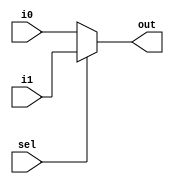
// 32-bit 2-to-1 Multiplexer

module mux2to1(
	input [31:0] i0, i1,
	input sel,
	output [31:0] out
);
    assign out = sel ? i1 : i0;
endmodule